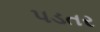
પડતર